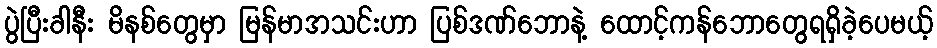
ပွဲပြီးခါနီး မိနစ်တွေမှာ မြန်မာအသင်းဟာ ပြစ်ဒဏ်ဘောနဲ့ ထောင့်ကန်ဘောတွေရရှိခဲ့ပေမယ့်